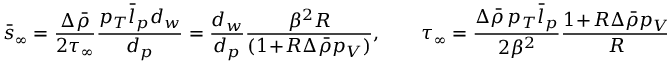
\bar { s } _ { \infty } = \frac { \Delta \bar { \rho } } { 2 \tau _ { \infty } } \frac { p _ { T } \bar { l } _ { p } d _ { w } } { d _ { p } } = \frac { d _ { w } } { d _ { p } } \frac { \beta ^ { 2 } R } { ( 1 \! + \! R \Delta \bar { \rho } p _ { V } ) } , \qquad \tau _ { \infty } = \frac { \Delta \bar { \rho } \, p _ { T } \bar { l } _ { p } } { 2 \beta ^ { 2 } } \frac { 1 \! + \! R \Delta \bar { \rho } p _ { V } } { R } .